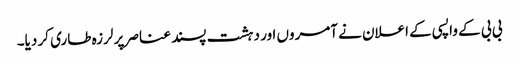
بی بی کے واپسی کے اعلان نے آمروں اور دہشت پسند عناصر پر لرزہ طاری کر دیا۔